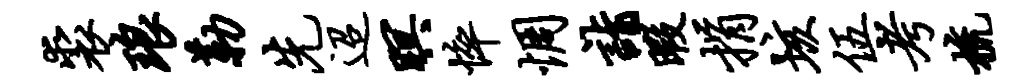
裘琅勒先迢暝悴惆诣暇捐垓伍考梳